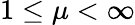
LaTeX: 1\leq\mu<\infty